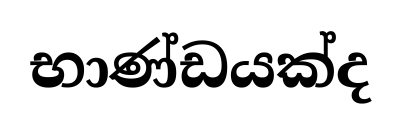
භාණ්ඩයක්ද